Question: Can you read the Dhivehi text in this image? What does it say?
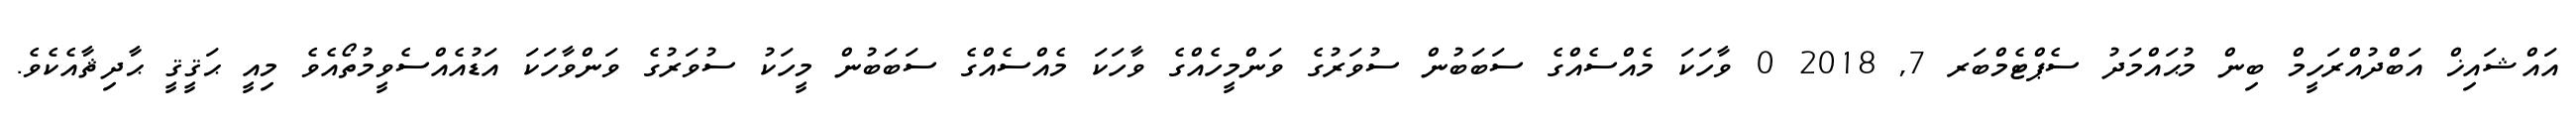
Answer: އައްޝައިޚް އަބްދުއްރަހީމް ބިން މުޙައްމަދު ސެޕްޓެމްބަރ 7, 2018 0 ވާހަކަ މެއްސެއްގެ ސަބަބުން ސުވަރުގެ ވަންމީހެއްގެ ވާހަކަ މެއްސެއްގެ ސަބަބުން މީހަކު ސުވަރުގެ ވަންވާހަކަ އަޑުއެއްސެވީމުތޯއެވެ މިއީ ޙަޤީޤީ ޙާދިޘާއެކެވެ.